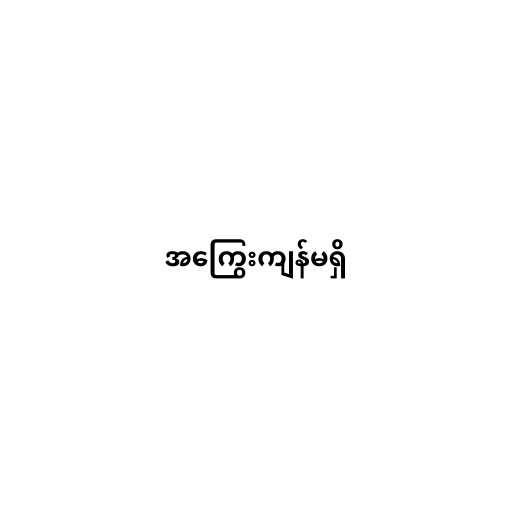
အကြွေးကျန်မရှိ